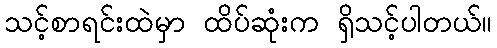
သင့်စာရင်းထဲမှာ ထိပ်ဆုံးက ရှိသင့်ပါတယ်။